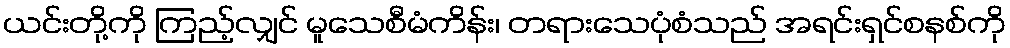
ယင်းတို့ကို ကြည့်လျှင် မူသေစီမံကိန်း၊ တရားသေပုံစံသည် အရင်းရှင်စနစ်ကို